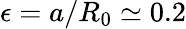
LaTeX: \epsilon=a/R_{0}\simeq 0.2